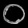
Digit: ၀